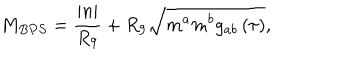
M _ { B P S } = \frac { \left| n \right| } { R _ { 9 } } + R _ { 9 } \sqrt { m ^ { a } m ^ { b } g _ { a b } \left( \tau \right) } ,